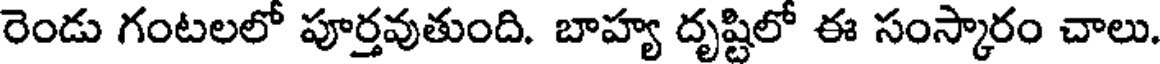
రెండు గంటలలో పూర్తవుతుంది. బాహ్య దృష్టిలో ఈ సంస్కారం చాలు.